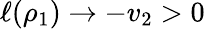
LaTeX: \ell(\rho_{1})\to-v_{2}>0